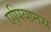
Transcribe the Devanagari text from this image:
एपियानस